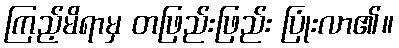
ကြည့်မိရာမှ တဖြည်းဖြည်း ပြုံးလာ၏။